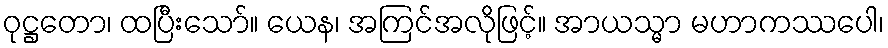
ဝုဋ္ဌတော၊ ထပြီးသော်။ ယေန၊ အကြင်အလိုဖြင့်။ အာယသ္မာ မဟာကဿပေါ၊